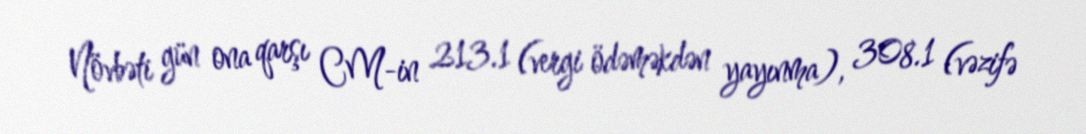
Növbəti gün ona qarşı CM-in 213.1 (vergi ödəməkdən yayınma), 308.1 (vəzifə